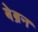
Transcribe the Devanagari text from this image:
बेब्रन